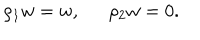
LaTeX: \rho _ { 1 } w = w , \, \, \, \, \, \, \, \, \, \rho _ { 2 } w = 0 .